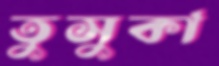
তুসুকা